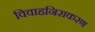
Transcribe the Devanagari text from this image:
विवाहनिराकरण